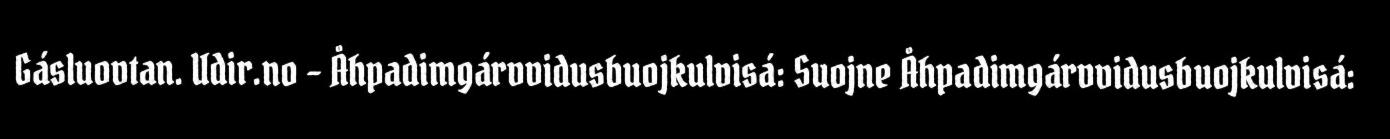
Gásluovtan. Udir.no - Åhpadimgárvvidusbuojkulvisá: Suojne Åhpadimgárvvidusbuojkulvisá: